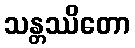
သန္တဿိတော